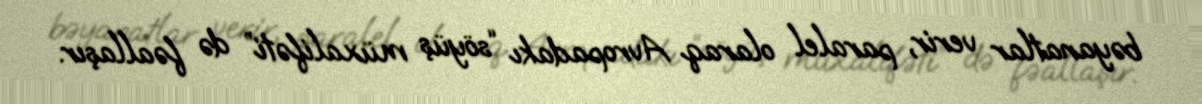
bəyanatlar verir, paralel olaraq Avropadakı “söyüş müxalifəti” də fəallaşır.